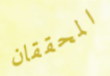
المحققان